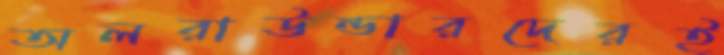
অলরাউন্ডারদেরই